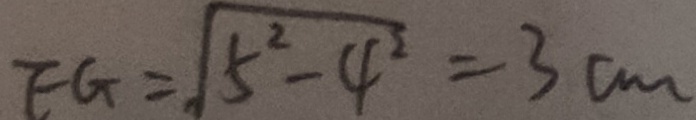
E G = \sqrt { 5 ^ { 2 } - 4 ^ { 2 } } = 3 c m